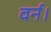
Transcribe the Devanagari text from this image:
वर्न।